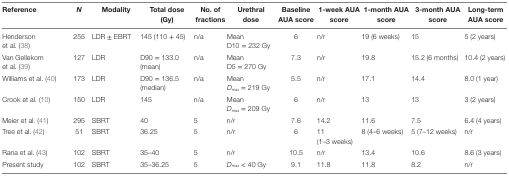
<table><thead><tr><td><b>Reference</b></td><td><b><i>N</i></b></td><td><b>Modality</b></td><td><b>Total dose (Gy)</b></td><td><b>No. of fractions</b></td><td><b>Urethral dose</b></td><td><b>Baseline AUA score</b></td><td><b>1-week AUA score</b></td><td><b>1-month AUA score</b></td><td><b>3-month AUA score</b></td><td><b>Long-term AUA score</b></td></tr></thead><tbody><tr><td>Henderson et al. (38)</td><td>255</td><td>LDR ± EBRT</td><td>145 (110 + 45)</td><td>n/a</td><td>Mean D10 = 232 Gy</td><td>6</td><td>n/r</td><td>19 (6 weeks)</td><td>15</td><td>5 (2 years)</td></tr><tr><td>Van Gellekom et al. (39)</td><td>127</td><td>LDR</td><td>D90 = 133.0 (mean)</td><td>n/a</td><td>Mean D5 = 270 Gy</td><td>7.3</td><td>n/r</td><td>19.8</td><td>15.2 (6 months)</td><td>10.4 (2 years)</td></tr><tr><td>Williams et al. (40)</td><td>173</td><td>LDR</td><td>D90 = 136.5 (median)</td><td>n/a</td><td>Mean <i>D</i><sub>max</sub> = 219 Gy</td><td>5.5</td><td>n/r</td><td>17.1</td><td>14.4</td><td>8.0 (1 year)</td></tr><tr><td>Crook et al. (10)</td><td>150</td><td>LDR</td><td>145</td><td>n/a</td><td>Mean <i>D</i><sub>max</sub> = 209 Gy</td><td>6</td><td>n/r</td><td>13</td><td>13</td><td>3 (2 years)</td></tr><tr><td>Meier et al. (41)</td><td>295</td><td>SBRT</td><td>40</td><td>5</td><td>n/r</td><td>7.6</td><td>14.2</td><td>11.6</td><td>7.5</td><td>6.4 (4 years)</td></tr><tr><td>Tree et al. (42)</td><td>51</td><td>SBRT</td><td>36.25</td><td>5</td><td>n/r</td><td>6</td><td>11 (1–3 weeks)</td><td>8 (4–6 weeks)</td><td>5 (7–12 weeks)</td><td>n/r</td></tr><tr><td>Rana et al. (43)</td><td>102</td><td>SBRT</td><td>35–40</td><td>5</td><td>n/r</td><td>10.5</td><td>n/r</td><td>13.4</td><td>10.6</td><td>8.6 (3 years)</td></tr><tr><td>Present study</td><td>102</td><td>SBRT</td><td>35–36.25</td><td>5</td><td><i>D</i><sub>max</sub> &lt; 40 Gy</td><td>9.1</td><td>11.8</td><td>11.8</td><td>8.2</td><td>n/r</td></tr></tbody></table>